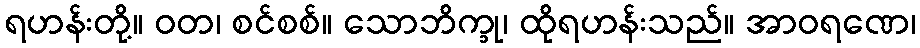
ရဟန်းတို့။ ဝတ၊ စင်စစ်။ သောဘိက္ခု၊ ထိုရဟန်းသည်။ အာဝရဏေ၊